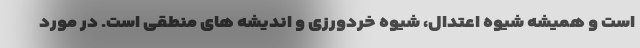
است و همیشه شیوه اعتدال، شیوه خردورزی و اندیشه های منطقی است. در مورد